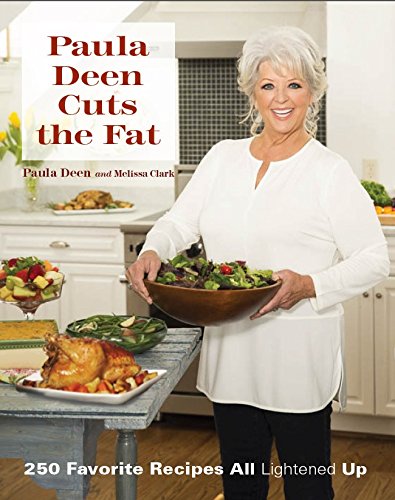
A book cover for Paula Deen Cuts the Fat: 250 Recipes Lightened Up; Paula Deen; Cookbooks, Food & Wine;